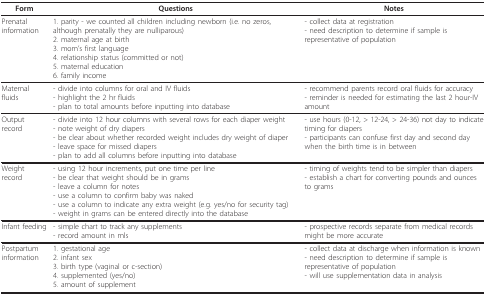
<table><thead><tr><td><b>Form</b></td><td><b>Questions</b></td><td><b>Notes</b></td></tr></thead><tbody><tr><td>Prenatal information</td><td>1. parity - we counted all children including newborn (i.e. no zeros, although prenatally they are nulliparous)2. maternal age at birth3. mom&#x27;s first language4. relationship status (committed or not)5. maternal education6. family income</td><td>- collect data at registration- need description to determine if sample is representative of population</td></tr><tr><td>Maternal fluids</td><td>- divide into columns for oral and IV fluids- highlight the 2 hr fluids- plan to total amounts before inputting into database</td><td>- recommend parents record oral fluids for accuracy- reminder is needed for estimating the last 2 hour-IV amount</td></tr><tr><td>Output record</td><td>- divide into 12 hour columns with several rows for each diaper weight- note weight of dry diapers- be clear about whether recorded weight includes dry weight of diaper- leave space for missed diapers- plan to add all columns before inputting into database</td><td>- use hours (0-12, &gt; 12-24, &gt; 24-36) not day to indicate timing for diapers- participants can confuse first day and second day when the birth time is in between</td></tr><tr><td>Weight record</td><td>- using 12 hour increments, put one time per line- be clear that weight should be in grams- leave a column for notes- use a column to confirm baby was naked- use a column to indicate any extra weight (e.g. yes/no for security tag)- weight in grams can be entered directly into the database</td><td>- timing of weights tend to be simpler than diapers- establish a chart for converting pounds and ounces to grams</td></tr><tr><td>Infant feeding</td><td>- simple chart to track any supplements- record amount in mls</td><td>- prospective records separate from medical records might be more accurate</td></tr><tr><td>Postpartuminformation</td><td>1. gestational age2. infant sex3. birth type (vaginal or c-section)4. supplemented (yes/no)5. amount of supplement</td><td>- collect data at discharge when information is known- need description to determine if sample is representative of population- will use supplementation data in analysis</td></tr></tbody></table>